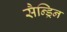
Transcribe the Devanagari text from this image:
सैन्ड्रिन